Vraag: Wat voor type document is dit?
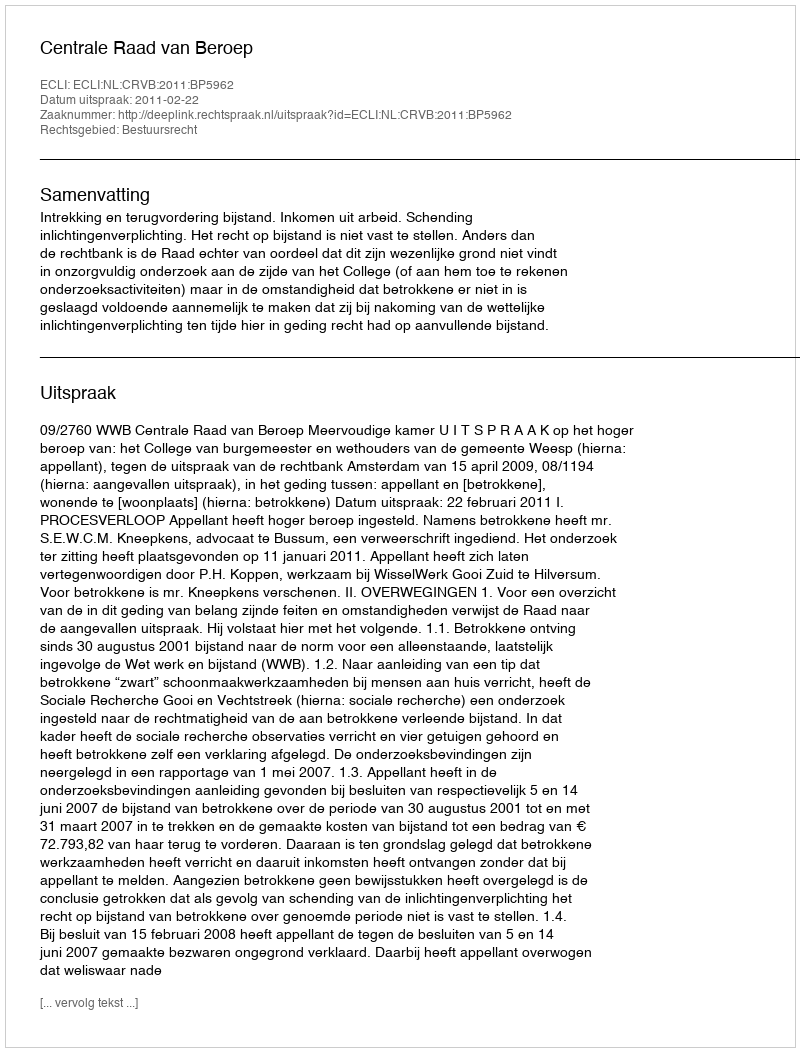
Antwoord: Uitspraak